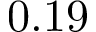
0 . 1 9